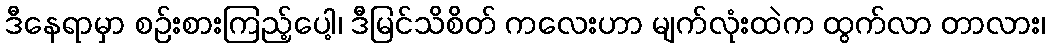
ဒီနေရာမှာ စဉ်းစားကြည့်ပေါ့၊ ဒီမြင်သိစိတ် ကလေးဟာ မျက်လုံးထဲက ထွက်လာ တာလား၊